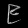
Digit: ၉